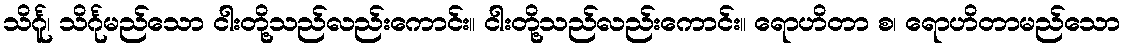
သိင်္ဂူ၊ သိင်္ဂုမည်သော ငါးတို့သည်လည်းကောင်း။ ငါးတို့သည်လည်းကောင်း။ ရောဟိတာ စ၊ ရောဟိတာမည်သော